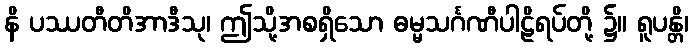
နိ ပဿတီတိအာဒီသု၊ ဤသို့အစရှိသော ဓမ္မသင်္ဂဏီပါဠိရပ်တို့ ၌။ ရူပန္တိ၊